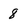
Character: 8